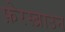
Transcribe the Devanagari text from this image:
फ़ेरस्ब्राउन